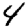
Digit: 4